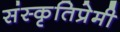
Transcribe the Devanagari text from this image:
संस्कृतिप्रेमी